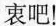
衷吧！